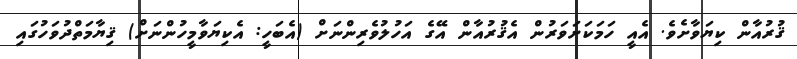
ޤުރުއާން ކިޔަވާށެވެ. އެއީ ހަމަކަށަވަރުން އެޤުރުއާން އޭގެ އަހުލުވެރިންނަށް (އެބަހީ: އެކިޔަވާމީހުންނަށް) ޤިޔާމަތްދުވަހުގައި